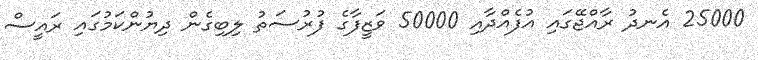
25000 އެނދު ރާއްޖޭގައި އުފެއްދާއި 50000 ވަޒީފާގެ ފުރުސަތު ލިބިގެން ދިޔުންކަމުގައި ރައީސް